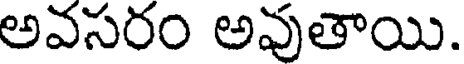
అవసరం అవుతాయి.